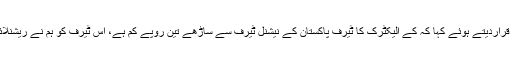
تفصیلات کے مطابق وزیر توانائی نے کراچی کے شہریوں کو فراہم کی جانیوالی بجلی ملک میں سب سے سستی قراردیتے ہوئے کہا کہ کے الیکٹرک کا ٹیرف پاکستان کے نیشنل ٹیرف سے ساڑھے تین روپے کم ہے، اس ٹیرف کو ہم نے ریشنلائز کرنا ہے جب کہ کے الیکٹرک میں سندھ کے ممبر نے سفارش کر کے کے الیکٹرک کے جرمانے کم کرائے۔